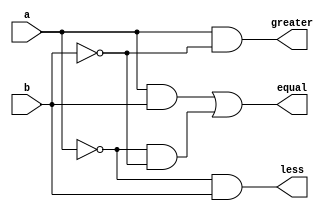
module com1 ( input a, input b, output greater,   output less, output equal );
    assign greater = a & (~b);
    assign less = (~a) & b;
    assign equal = (a&b) | ((~a) & (~b)) ;
    
endmodule